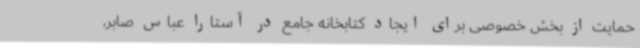
حمایت از بخش خصوصی برای ایجاد کتابخانه جامع در آستارا عباس صابر،